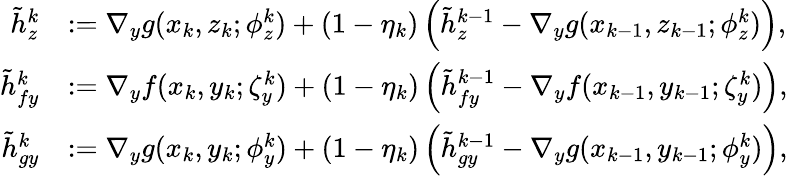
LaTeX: \begin{array}{rl}{\tilde{h}_{z}^{k}}&{:=\nabla_{y}g(x_{k},z_{k};\phi_{z}^{k})+(1-\eta_{k})\left(\tilde{h}_{z}^{k-1}-\nabla_{y}g(x_{k-1},z_{k-1};\phi_{z}^{k})\right),}\\ {\tilde{h}_{fy}^{k}}&{:=\nabla_{y}f(x_{k},y_{k};\zeta_{y}^{k})+(1-\eta_{k})\left(\tilde{h}_{fy}^{k-1}-\nabla_{y}f(x_{k-1},y_{k-1};\zeta_{y}^{k})\right),}\\ {\tilde{h}_{gy}^{k}}&{:=\nabla_{y}g(x_{k},y_{k};\phi_{y}^{k})+(1-\eta_{k})\left(\tilde{h}_{gy}^{k-1}-\nabla_{y}g(x_{k-1},y_{k-1};\phi_{y}^{k})\right),}\end{array}